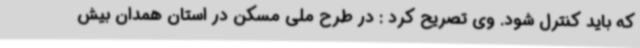
که باید کنترل شود. وی تصریح کرد : در طرح ملی مسکن در استان همدان بیش